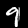
Digit: 9